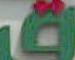
ف